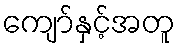
ကျော်နှင့်အတူ